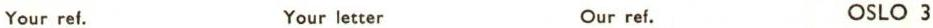
Your ref. Your letter Our ref. OSLO 3